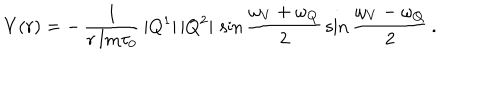
LaTeX: V ( r ) = - \, \frac { 1 } { r \, \mathrm { I m } \tau _ { 0 } } \, | Q ^ { 1 } | \, | Q ^ { 2 } | \, \sin \frac { \omega _ { V } + \omega _ { Q } } { 2 } \, \sin \frac { \omega _ { V } - \omega _ { Q } } { 2 } \, .